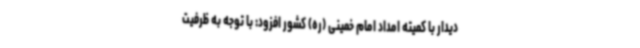
دیدار با کمیته امداد امام خمینی (ره) کشور افزود: با توجه به ظرفیت